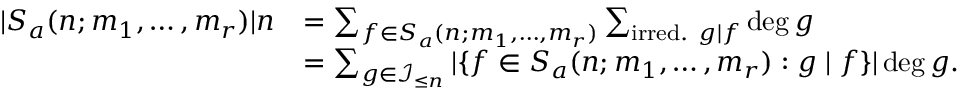
\begin{array} { r l } { | S _ { a } ( n ; m _ { 1 } , \dots , m _ { r } ) | n } & { = \sum _ { f \in S _ { a } ( n ; m _ { 1 } , \dots , m _ { r } ) } \sum _ { \mathrm { i r r e d . } ~ g \mid f } \deg g } \\ & { = \sum _ { g \in \mathcal { I } _ { \le n } } | \{ f \in S _ { a } ( n ; m _ { 1 } , \dots , m _ { r } ) : g \mid f \} | \deg g . } \end{array}